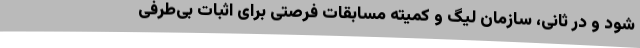
شود و در ثانی، سازمان لیگ و کمیته مسابقات فرصتی برای اثبات بی‌طرفی